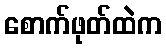
စောက်ဖုတ်ထဲက